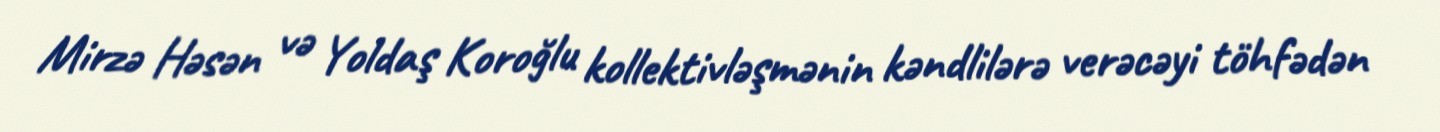
Mirzə Həsən və Yoldaş Koroğlu kollektivləşmənin kəndlilərə verəcəyi töhfədən